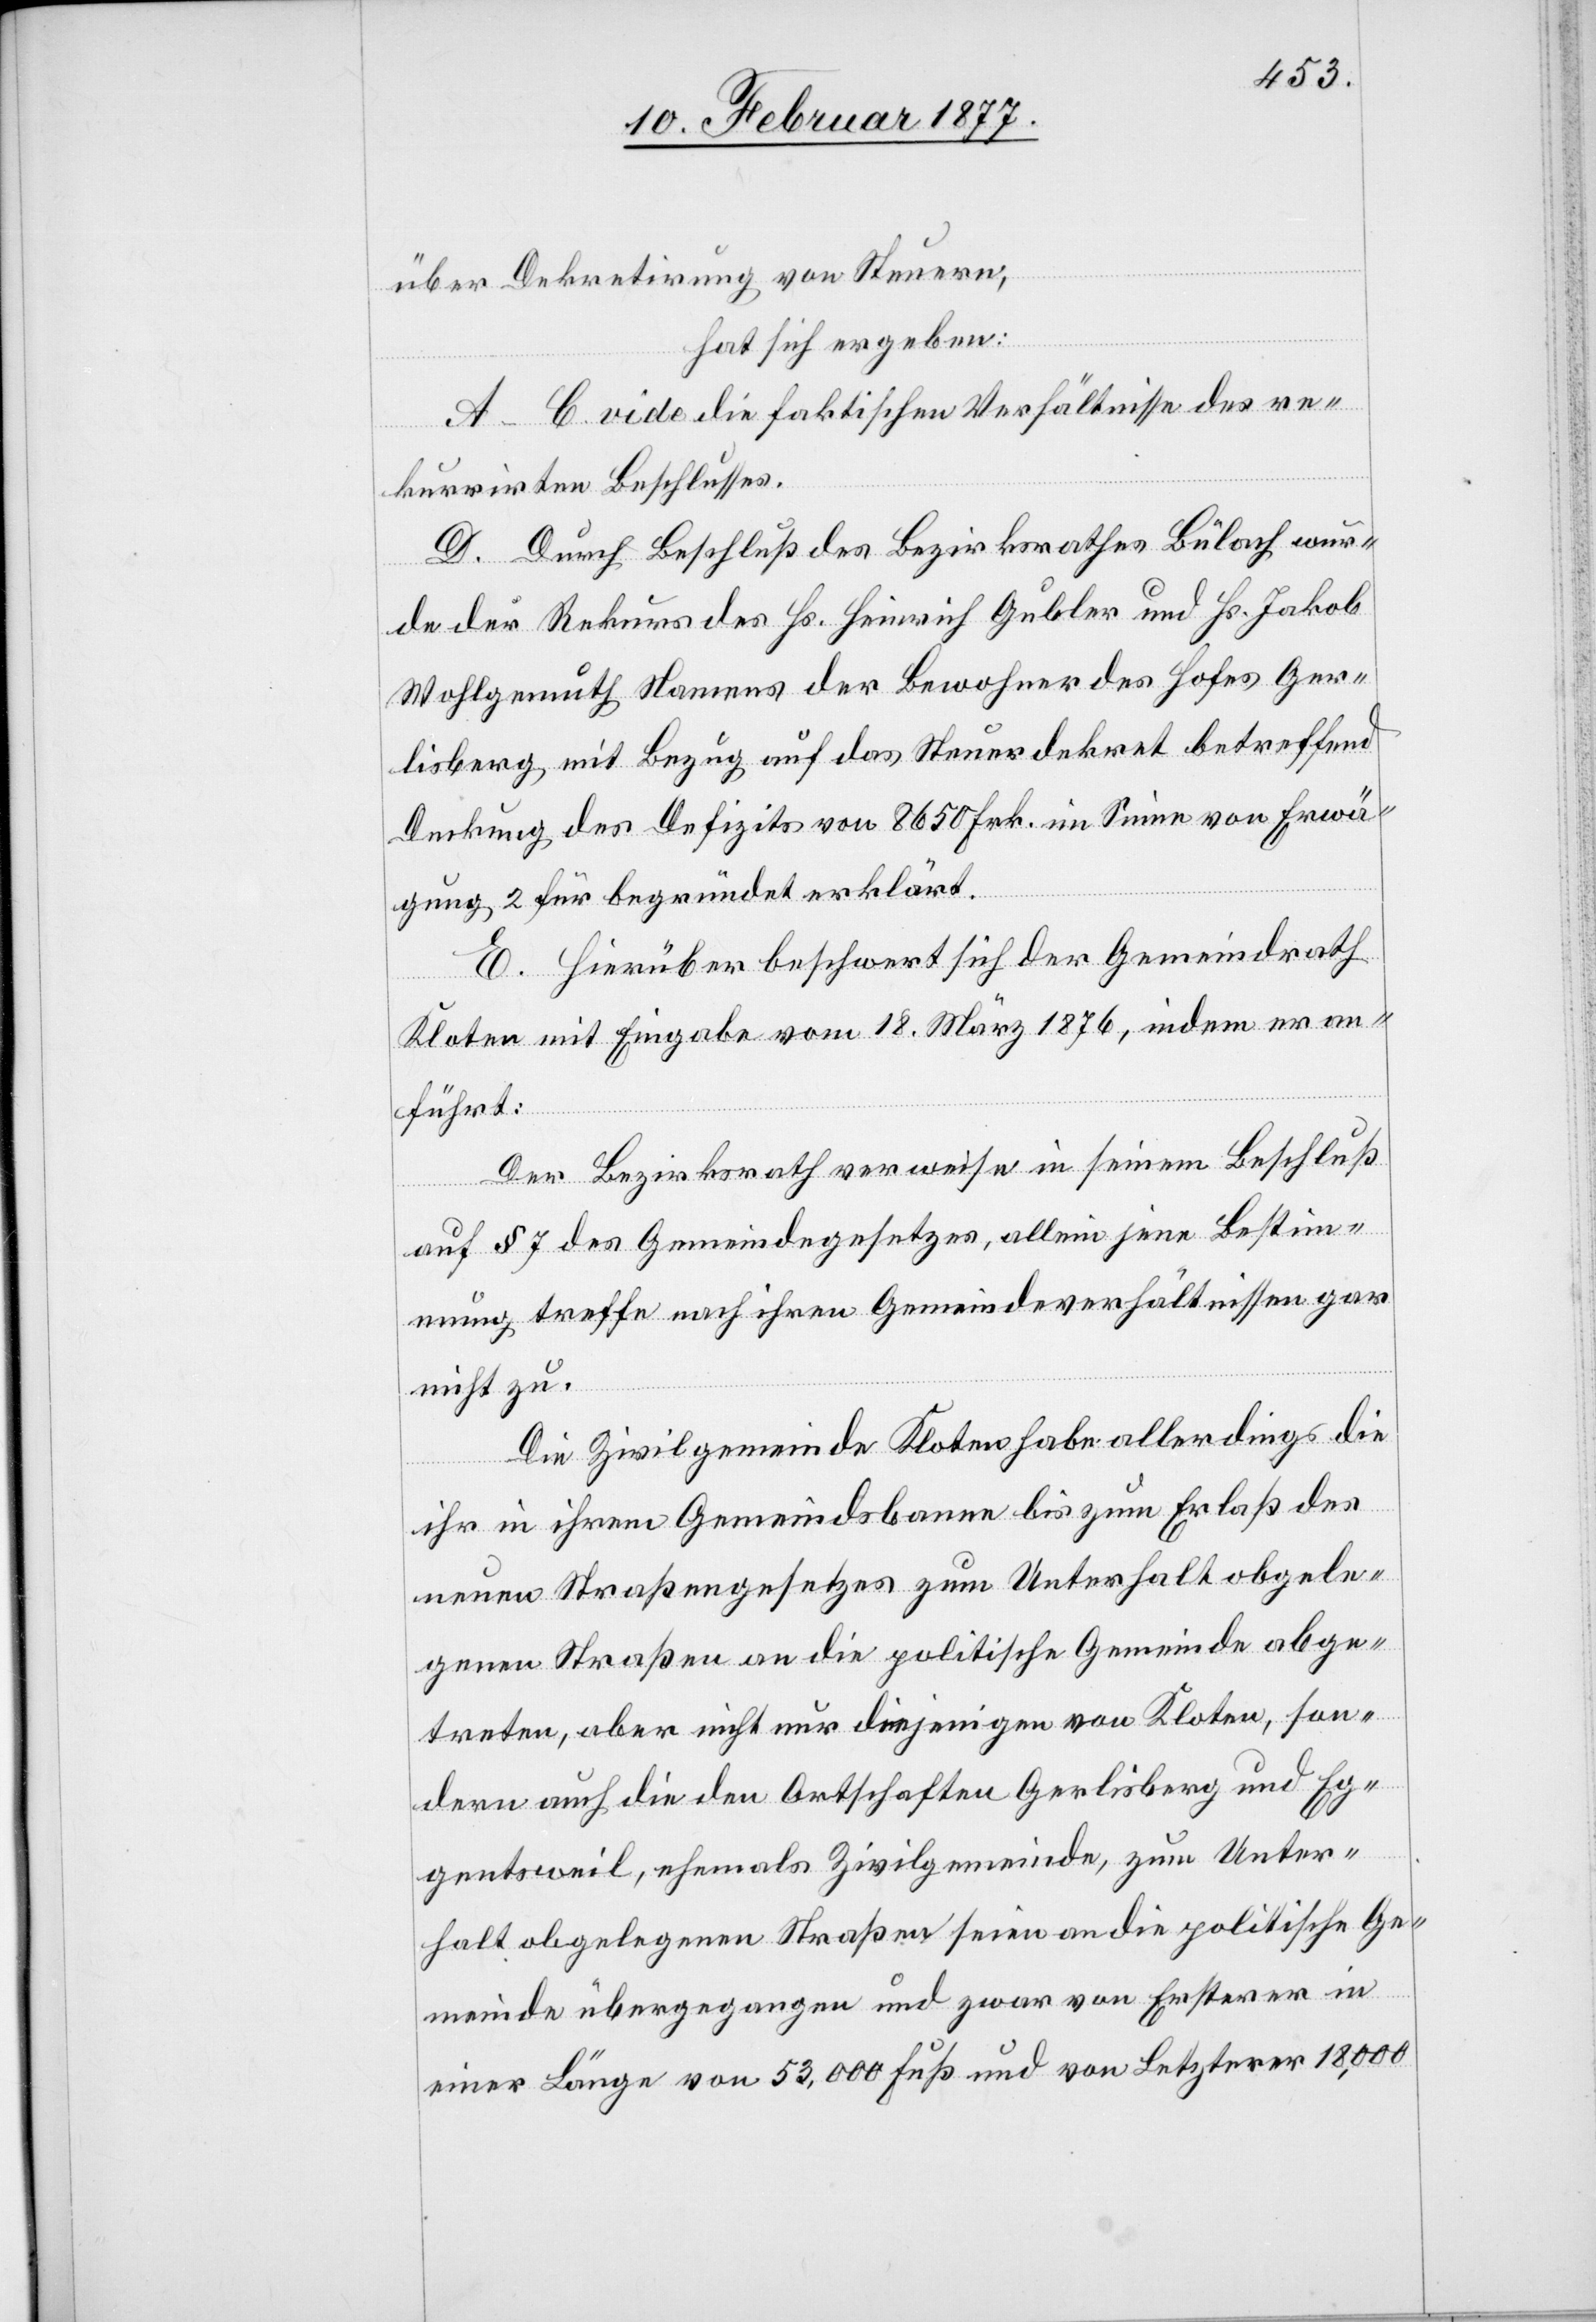
über Dekretirung von Steuern,
hat sich ergeben:
A–C. vide die faktischen Verhältnisse des re¬
kurrirten Beschlusses.
D. Durch Beschluß des Bezirksrathes Bülach wur¬
de der Rekurs des Hs. Heinrich Gubler und Hs. Jakob
Wohlgemuth Namens der Bewohner des Hofes Ger¬
lisberg mit Bezug auf das Steuerdekret betreffend
Deckung des Defizits von 8650 Frk. im Sinne von Erwä¬
gung 2 für begründet erklärt.
E. Hierüber beschwert sich der Gemeindrath
Kloten mit Eingabe vom 18. März 1876, indem er an¬
führt:
Der Bezirksrath verweise in seinem Beschluß
auf § 7 des Gemeindegesetzes, allein jene Bestim¬
mung treffe nach ihren Gemeindeverhältnissen gar
nicht zu.
Die Zivilgemeinde Kloten habe allerdings die
ihr in ihrem Gemeindsbanne bis zum Erlaß des
neuen Straßengesetzes zum Unterhalt obgele¬
genen Straßen an die politische Gemeinde abge¬
treten, aber nicht nur diejenigen von Kloten, son¬
dern auch die den Ortschaften Gerlisberg und Eg¬
gentsweil, ehemals Zivilgemeinde, zum Unter¬
halt obgelegenen Straßen seien an die politische Ge¬
meinde übergegangen und zwar von Ersterer in
einer Länge von 53,000 Fuß und Letzterer 18,000